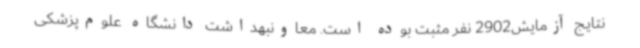
نتایج آزمایش2902 نفر مثبت بوده‌ است. معاونبهداشت دانشگاه علوم‌پزشکی